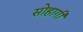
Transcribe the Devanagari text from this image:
सोहागी